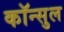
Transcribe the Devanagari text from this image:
कॉन्सुल